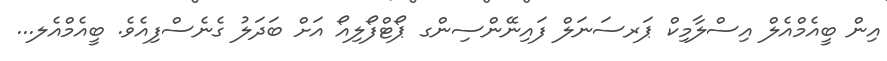
އިން ބީއެމްއެލް އިސްލާމިކް ޕަރސަނަލް ފައިނޭންސިންގ ޕޯޓްފޯލިއޯ އަށް ބަދަލު ގެެނެސްފިއެވެ. ބީއެމްއެލ...